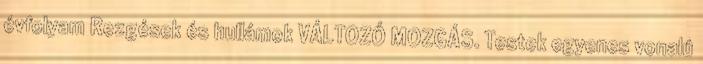
évfolyam Rezgések és hullámok VÁLTOZÓ MOZGÁS. Testek egyenes vonalú